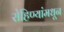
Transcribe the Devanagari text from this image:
रोहिण्यांमधून